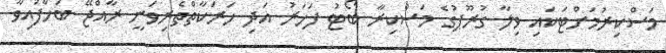
މަސްކިރުމަށްޓަކައި ވިލާ ގުރޫޕުގެ މަސްކިރާ ބޯޓު ފަހަރު އަދި ހަރަކާތްތެރިވަނީ ރާއްޖޭ ބަހާފައިވާ